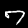
Digit: 7